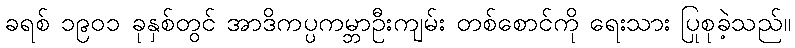
ခရစ် ၁၉၀၁ ခုနှစ်တွင် အာဒိကပ္ပကမ္ဘာဦးကျမ်း တစ်စောင်ကို ရေးသား ပြုစုခဲ့သည်။